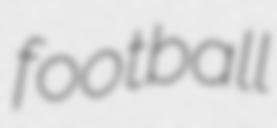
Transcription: football